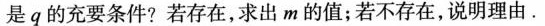
是q的充要条件?若存在，求出m的值；若不存在，说明理由.